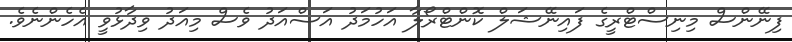
ފިނޭންސް މިނިސްޓްރީގެ ފައިނޭޝަލް ކޮންޓްރޯލާ އަހުމަދު އަސްއަދު ވެސް މިއަދު ވިދާޅުވީ އެހެންނެވެ.